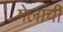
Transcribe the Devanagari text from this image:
मेलांची